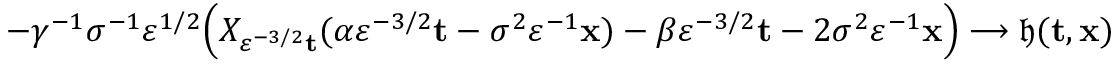
- \gamma ^ { - 1 } \sigma ^ { - 1 } \varepsilon ^ { 1 / 2 } \Big ( X _ { \varepsilon ^ { - 3 / 2 } \mathbf { t } } ( \alpha \varepsilon ^ { - 3 / 2 } \mathbf { t } - \sigma ^ { 2 } \varepsilon ^ { - 1 } \mathbf { x } ) - \beta \varepsilon ^ { - 3 / 2 } \mathbf { t } - 2 \sigma ^ { 2 } \varepsilon ^ { - 1 } \mathbf { x } \Big ) \longrightarrow \mathfrak { h } ( \mathbf { t } , \mathbf { x } )